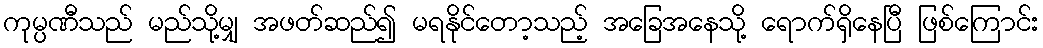
ကုမ္ပဏီသည် မည်သို့မျှ အဖတ်ဆည်၍ မရနိုင်တော့သည့် အခြေအနေသို့ ရောက်ရှိနေပြီ ဖြစ်ကြောင်း